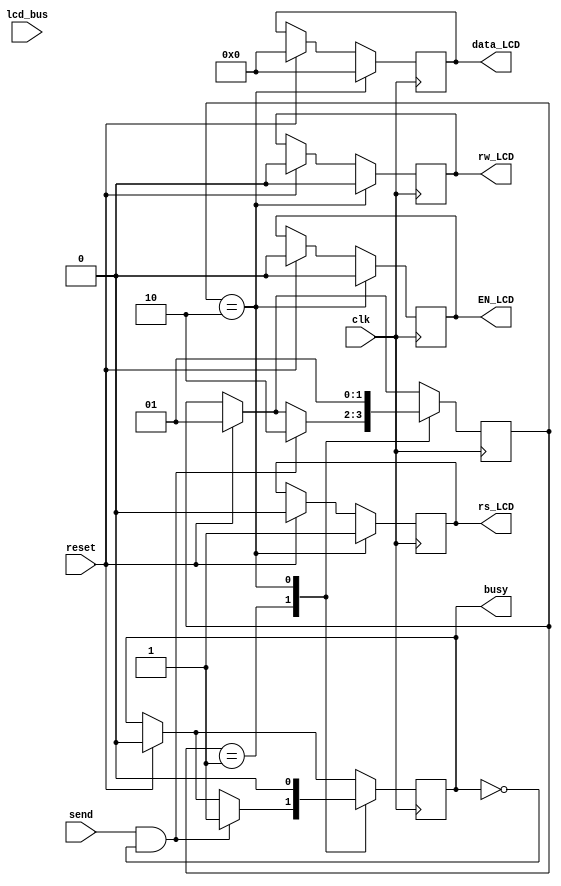
module LCD(
	clk, rs_LCD, rw_LCD, EN_LCD, data_LCD, busy, lcd_bus, reset, send);

//Declarando todas as portas de entrada

input clk;			
input [7:0] lcd_bus;						
input reset;
input send;

//Declarando todas as portas de sada

output busy;			
output rs_LCD, rw_LCD, EN_LCD;
output [3:0] data_LCD;

//Declarando os registradores internos para armazenarem as informaes
reg busy;
reg [3:0] data_LCD=0;
reg rw_LCD=0;		
reg rs_LCD=0;			
reg EN_LCD=0;
		
//Parametros declarados para facilitar

parameter [7:0] FUNC_SET = 4'b0011;     
parameter [7:0] FUNC_SET_REAL1= 4'b0010;
parameter [7:0] FUNC_SET_REAL2= 8'b00101000;
parameter [7:0] CLEAR_DISPLAY = 8'b00000001; 
parameter [7:0] HOME_CURSOR = 8'b00000010;
parameter [7:0] DISPLAY_ON = 8'b00001100;
parameter [7:0] DISPLAY_OFF = 8'b00001000;
parameter [7:0] CURSOR_SHIFT = 8'b00010100; 
parameter [7:0] ENTRY_MODE = 8'b00000110; 



reg[1:0] estado = 0; //Declarando a varivel que servir como os estados da maquina

always  @(posedge clk) begin

//A partir daqui at o estado 2  apenas a inicializao que est descrita no
//link que o professor passou sobre o LCD

if(reset == 1'b1) begin
	estado <= 2'b00;

				//------------- POWER ON ---------------

				rs_LCD <= 1'b0;
				rw_LCD <= 1'b0;
				EN_LCD <= 1'b0;
				busy <= 1'b1;
				data_LCD = 8'b00000000;

				#10

				//------------- FUNCTION SET #1 ---------------
				rs_LCD <= 1'b0;
				rw_LCD <= 1'b0;
				EN_LCD <= 1'b1;
				busy <= 1'b1;
				
				#10

				EN_LCD <= 1'b0;
				data_LCD <= FUNC_SET;

				#10

				//------------- FUNCTION SET #2 ---------------

				rs_LCD <= 1'b0;
				rw_LCD <= 1'b0;
				EN_LCD <= 1'b1;

				#10

				EN_LCD <= 1'b0;
				data_LCD <= FUNC_SET;

				#10

				//------------- FUNCTION SET #3 ---------------

				rs_LCD <= 1'b0;
				rw_LCD <= 1'b0;
				EN_LCD <= 1'b1;

				#10

				EN_LCD <= 1'b0;
				data_LCD <= FUNC_SET;

				#10

				//------------- FUNCTION SET #4 ---------------

				rs_LCD <= 1'b0;
				rw_LCD <= 1'b0;
				EN_LCD <= 1'b1;

				#10

				EN_LCD <= 1'b0;
				data_LCD <= FUNC_SET;

				#10

				//------------- WAITING FOR REAL FUNCTION SET ---------------

				rs_LCD <= 1'b0;
				rw_LCD <= 1'b0;
				EN_LCD <= 1'b1;

				#10

				EN_LCD <= 1'b0;
				data_LCD <= FUNC_SET_REAL1; 

				#10

				//------------- REAL FUNCTION SET (Mudou para modo 4 BITS) ---------------

				rs_LCD <= 1'b0;
				rw_LCD <= 1'b0;
				EN_LCD <= 1'b1;

				#10

				EN_LCD <= 1'b0;
				data_LCD <= FUNC_SET_REAL2;

				#10

				EN_LCD <= 1'b1;
				
				#10

				EN_LCD <= 1'b0;
				data_LCD <= (data_LCD >> 2); 

				#10

				//------------- DISPLAY OFF ---------------

				rs_LCD <= 1'b0;
				rw_LCD <= 1'b0;
				EN_LCD <= 1'b1;
				busy <= 1'b1;

				#10

				EN_LCD <= 1'b0;
				data_LCD <= DISPLAY_OFF;

				#10

				EN_LCD <= 1'b1;

				#10

				EN_LCD <= 1'b0;
				data_LCD <= (data_LCD >> 4); //desloca para obter os ultimos 4 bits

				#10

				//------------- CLEAR DISPLAY ---------------

				rs_LCD <= 1'b0;
				rw_LCD <= 1'b0;
				EN_LCD <= 1'b1;

				#10

				EN_LCD <= 1'b0;
				data_LCD <= CLEAR_DISPLAY;

				#10

				EN_LCD <= 1'b1;

				#10

				EN_LCD = 1'b0;
				data_LCD <= (data_LCD >> 4); //desloca para obter os ultimos 4 bits

				#10

				//------------- ENTRY MODE SET ---------------

				rs_LCD <= 1'b0;
				rw_LCD <= 1'b0;
				EN_LCD <= 1'b1;

				#10

				EN_LCD <= 1'b0;
				data_LCD <= ENTRY_MODE;

				#10

				EN_LCD <= 1'b1;

				#10

				EN_LCD <= 1'b0;
				data_LCD <= (data_LCD >> 4); //desloca para obter os ultimos 4 bits

				#10

				//------------- DISPLAY ON ---------------

				rs_LCD <= 1'b0;
				rw_LCD <= 1'b0;
				EN_LCD <= 1'b1;

				#10

				EN_LCD <= 1'b0;
				data_LCD <= DISPLAY_ON;

				#10

				EN_LCD <= 1'b1;

				#10

				EN_LCD <= 1'b0;
				data_LCD <= (data_LCD << 4); //desloca para obter os ultimos 4 bits

				estado <= 2'b01;
				busy <= 1'b0;
		end

			case(estado)

			//Estado B -> Verificar se o send foi enviado do core, dessa forma pode-se
			// passar para o estado para ler os dados

			2'b01: begin
				if(send==1'b1 && busy == 1'b0) begin  
					busy <= 1'b1;
					#0.3
					estado <= 2'b10;
				end

			end

			//Estado C -> Receber dados

			2'b10: begin
				rs_LCD <= 1'b1;
				rw_LCD <= 1'b0;
				EN_LCD <= 1'b1;
				busy <= 1'b1;

				#10

				EN_LCD <= 1'b0;
				data_LCD<=lcd_bus;

				#10

				EN_LCD <= 1'b1;

				#10

				EN_LCD <= 1'b0;
				data_LCD <= lcd_bus >> 4;

				#10
				EN_LCD <= 1'b1;

				#10

				EN_LCD <= 1'b0;
				data_LCD <= CLEAR_DISPLAY;

				#10

				EN_LCD <= 1'b0;
				data_LCD <= CLEAR_DISPLAY >> 4;

				#100
				
				busy <= 1'b0;
				estado <= 2'b01;

			end
	
	endcase
end
endmodule